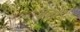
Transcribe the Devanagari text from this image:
जुवाँ